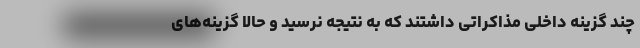
چند گزینه داخلی مذاکراتی داشتند که به نتیجه نرسید و حالا گزینه‌های